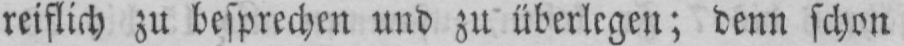
reiflich zu besprechen und zu überlegen; denn schon